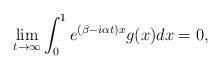
LaTeX: \begin{align*}\lim_{t \rightarrow \infty} \int_0^1 e^{(\beta-i\alpha t)x}g(x)dx=0,\end{align*}